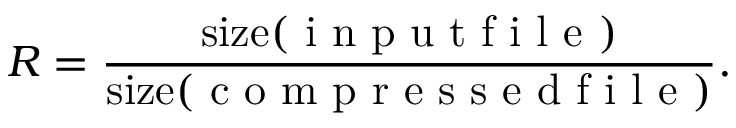
R = \frac { \mathrm { s i z e } ( \mathrm { ~ i ~ n ~ p ~ u ~ t ~ f ~ i ~ l ~ e ~ } ) } { \mathrm { s i z e } ( \mathrm { ~ c ~ o ~ m ~ p ~ r ~ e ~ s ~ s ~ e ~ d ~ f ~ i ~ l ~ e ~ } ) } .